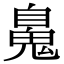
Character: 𩳈